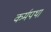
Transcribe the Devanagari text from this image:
कर्मपथा